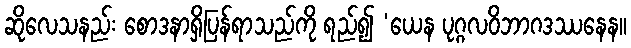
ဆိုလေသနည်း စောဒနာရှိပြန်ရာသည်ကို ရည်၍ ‘ယေန ပုဂ္ဂလဝိဘာဂဒဿနေန။